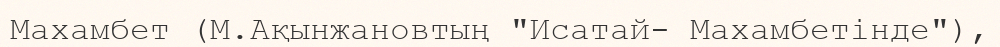
Махамбет (М.Ақынжановтың "Исатай- Махамбетінде"),